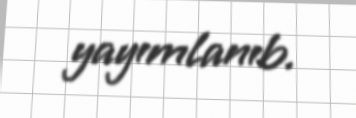
yayımlanıb.